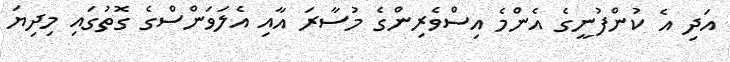
އަދި އެ ކުންފުނީގެ އެންމެ އިސްވެރިންގެ މުސާރަ އާއި އެލަވަންސްގެ ގޮތުގައި މިދިޔަ